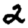
Digit: 2